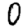
Digit: 0